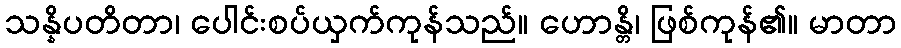
သန္နိပတိတာ၊ ပေါင်းစပ်ယှက်ကုန်သည်။ ဟောန္တိ၊ ဖြစ်ကုန်၏။ မာတာ